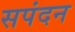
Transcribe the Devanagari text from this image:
सपंदन